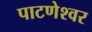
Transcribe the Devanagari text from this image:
पाटणेश्वर